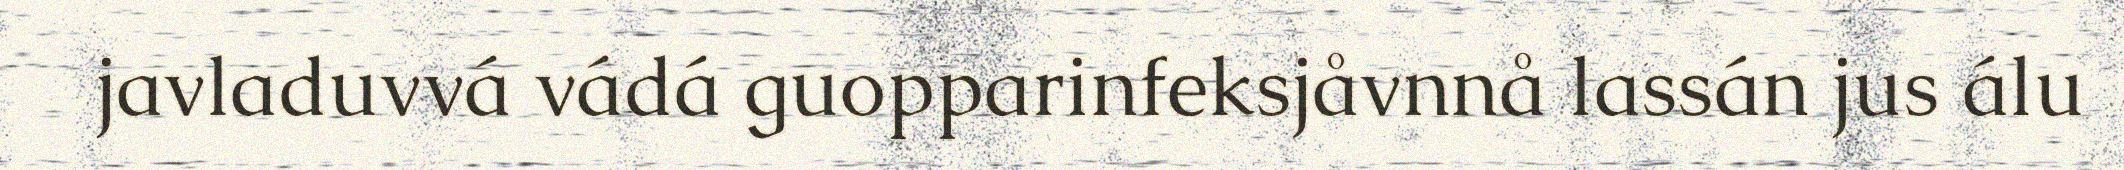
javladuvvá vádá guopparinfeksjåvnnå lassán jus álu